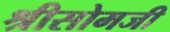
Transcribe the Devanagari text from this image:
श्रीसोमजी